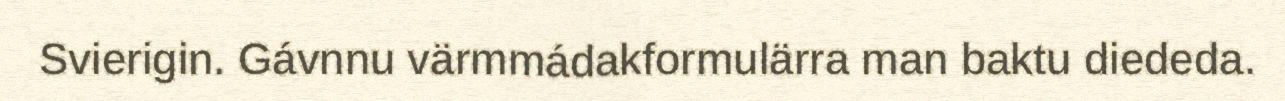
Svierigin. Gávnnu värmmádakformulärra man baktu diededa.